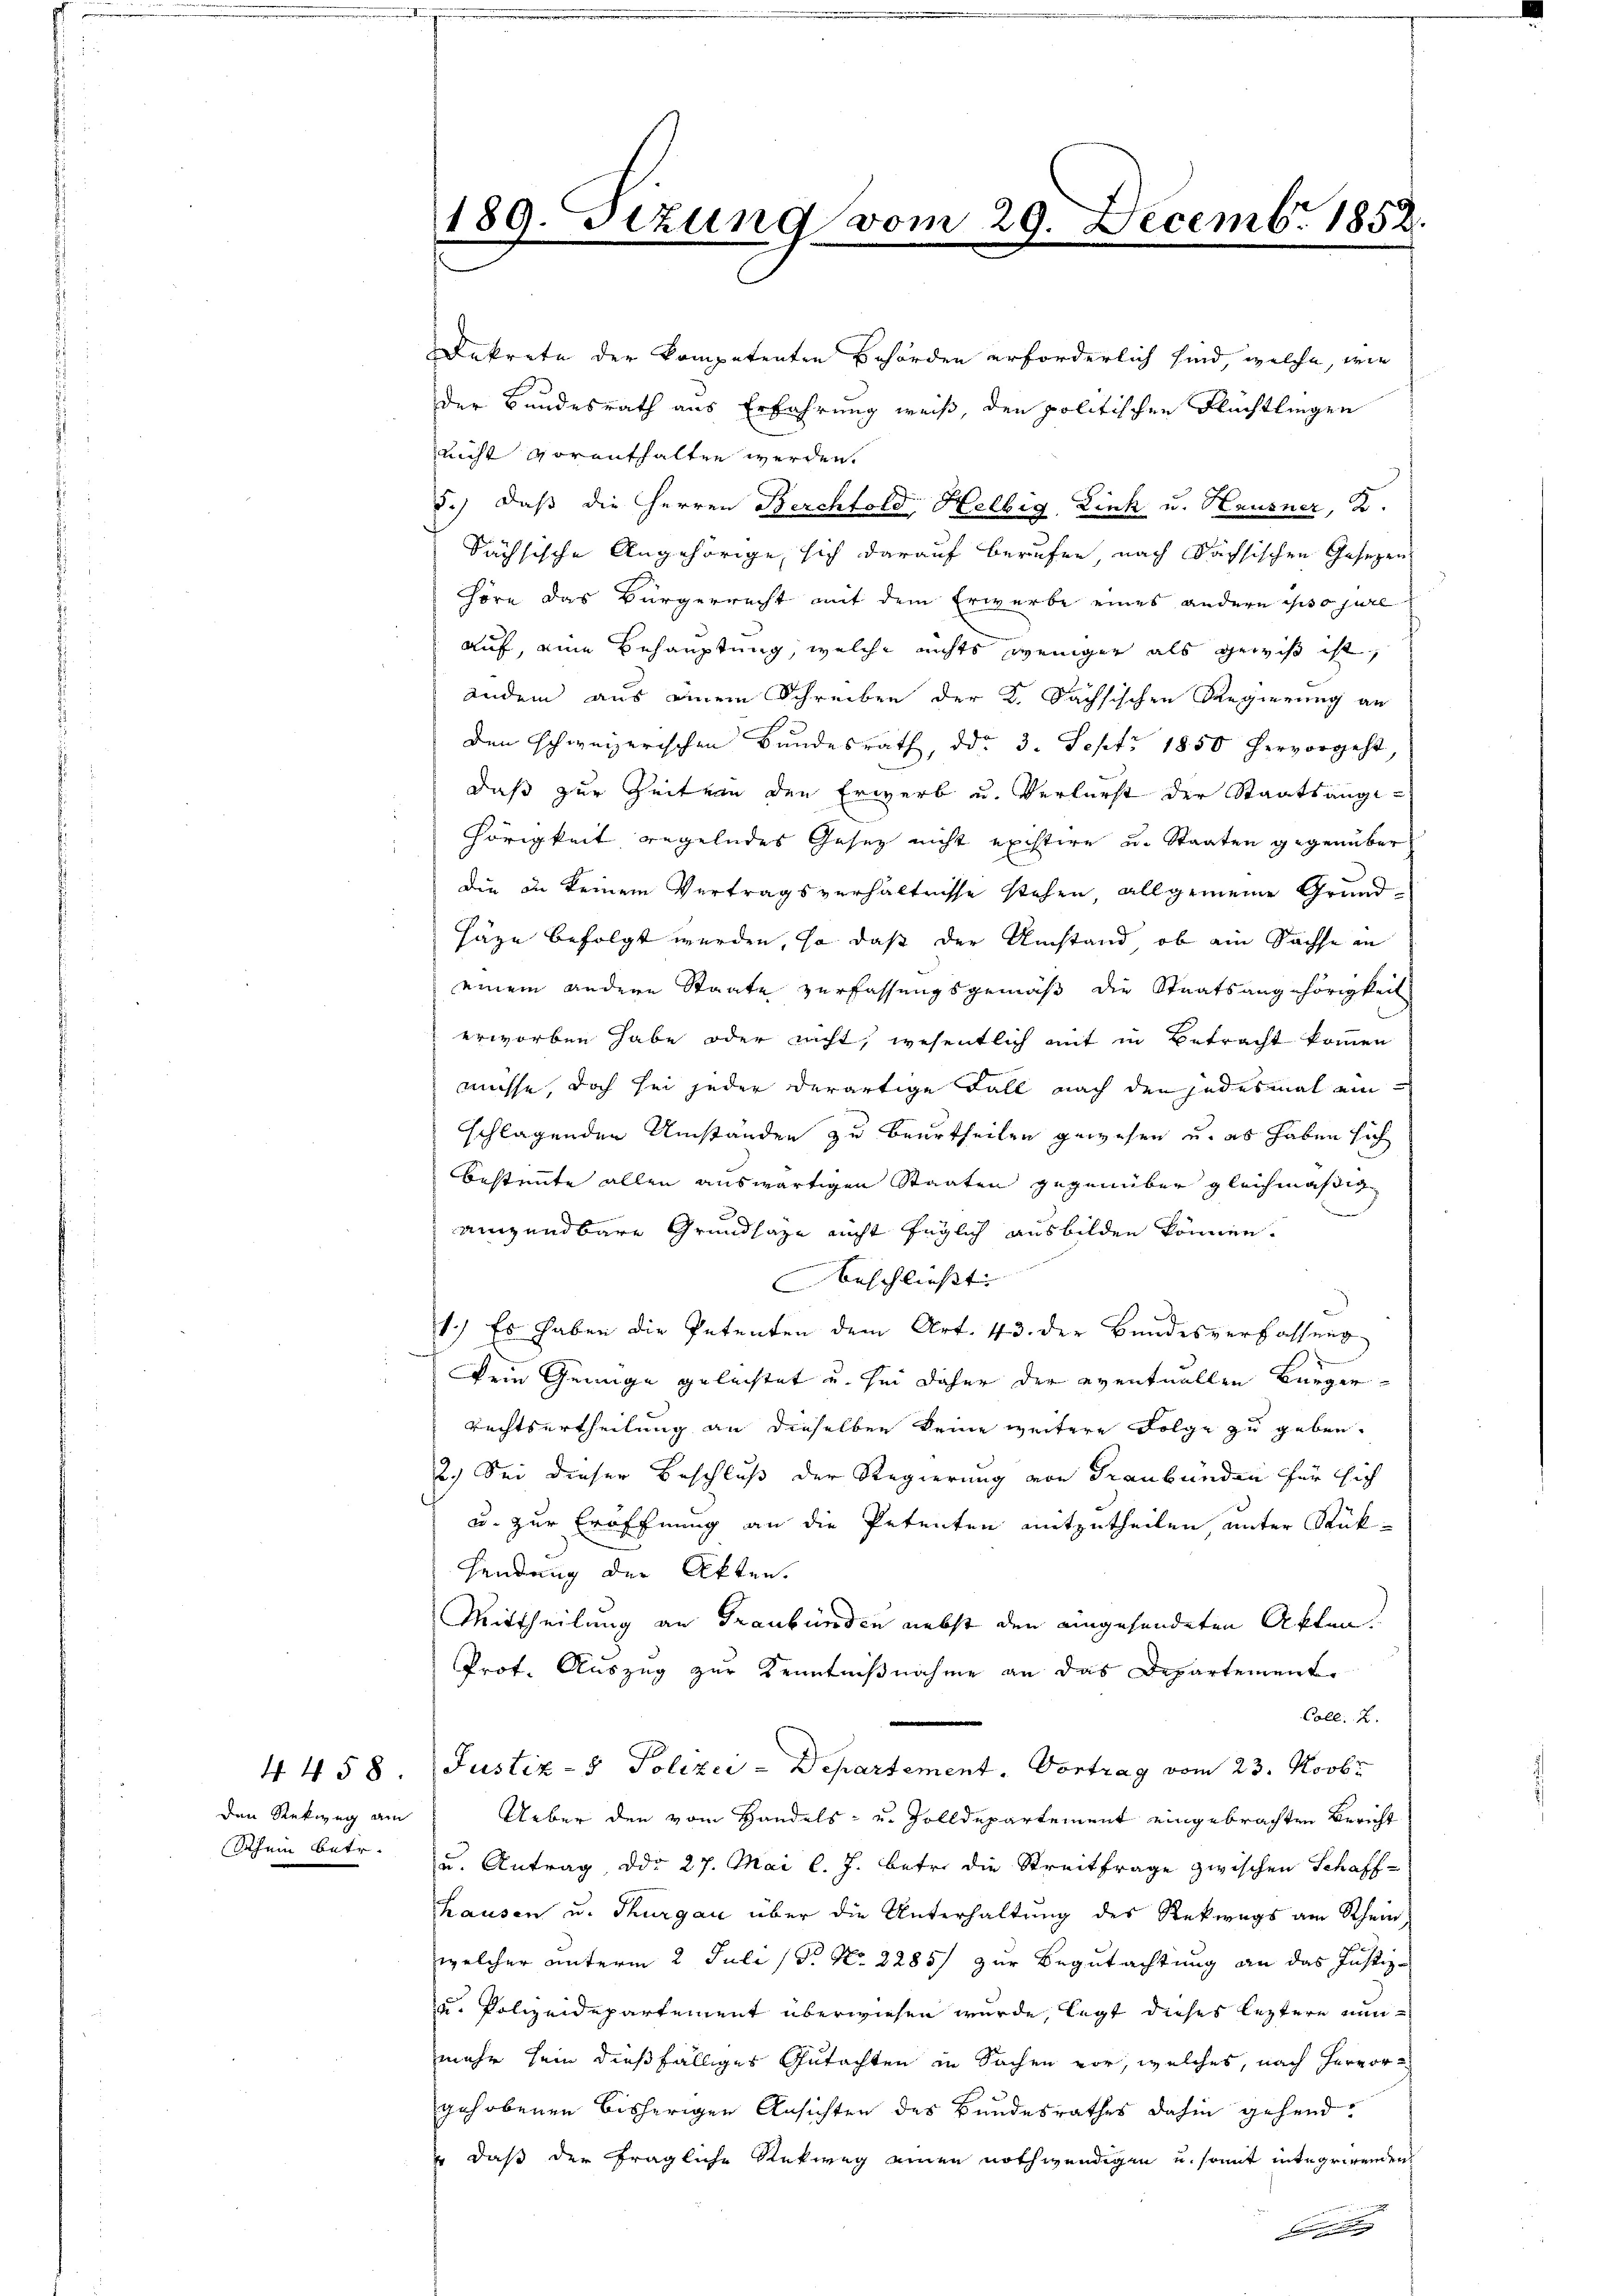
den Reckweg am

Dekrete der kompetenten Behörden erforderlich sind, welche, wie
der Bundesrath aus Erfahrung weiß, den politischen Flüchtlingen
nicht vorenthalten werden.
d.) Daß die Herren Berchtold, Helbig, Zink u. Hausner, D.
Sächsische Angehörige, sich darauf berufen nach Sächsischen Gesetzen
höre das Bürgerrecht mit dem Erwerbe eines andern so jure
auf, eine Behauptung, welche nichts weniger als gewiß ist,
andern aus einem Schreiben der K. Sachsischen Regierung an
den schweizerischen Bundesrath, ddo 3. Sept. 1850 hervorgeht,
daß zur Zeit von den Erwerb u. Verlurst der Staatsangi-
Hörigkeit regelndes Gesetz nicht existire u. Staaten gegenüber
die in keinem Vertragsverhältnisse stehen, allgemeine Grund¬
Häge befolgt werden, so daß der Umstand, ob ein Sachse in
einem andere Staate zerfassungsgemäß die Staatsangehörigkeit
erworben habe oder nicht, wesentlich mit in Betracht kommen
müsse, doch sei jeder derartige Fall nach den jedesmal ein
schlagenden Umständen zu beurtheilen gewesen u. es haben sich
bestimmte allen auswärtigen Staaten gegenüber gleichmäßige
aigendbare Grundsaze nicht füglich ausbilden können.
beschließt
1.) Es haben die Petenten dem Art. 43. der Bundesverfassŭng
kein Genüge geleistet u. sei daher der eventuellen Bürger¬
Rechtsurtheilung an dieselben keine weitere Folge zu geben.
2.) Sei dieser Beschluß der Regierung von Graubünden für sich
u. zur Eröffnung an die Petenten mitzutheilen, unter Rük¬
Hendung der Akten.
Mittheilung an Graubünden nebst den eingesendeten Akten.
Prof. Auszug zur Kenntnißnahme an das Departement
Coll. 2.
4458 (Justiz- & Polizei-Departement. Vortrag vom 23. Novbr
Ueber den vom Handels- u. Zolldepartement eingebrachten Bericht
Schein betr. u. Antrag, ddo 27. Mai l. J. betr. die Streitfrage zwischen Schaff-
hausen u. Thurgau über die Unterhaltung des Rekwags am Rhein,
welcher unterm 2. Juli 18. No 2285/ zur Begutachtung an das Justiz-
u. Polizeidepartement überwiesen wurde, legt dieses leztere nunmehr sein dießfälliges Gutachten in Sachen vor, welches, nach Hervor
gehobenen bisherigen Ansichten des Bundesrathes dahin gehend
 daß der fragliche Rükweg einen nothwendigen u. somit integrirenden
 |

89. Sitzung vom 29. Decemb. 1858.